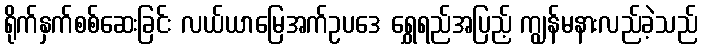
ရိုက်နှက်စစ်ဆေးခြင်း လယ်ယာမြေအက်ဥပဒေ ရွှေရည်အပြည့် ကျွန်မနားလည်ခဲ့သည်